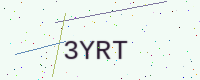
Text: 3YRT